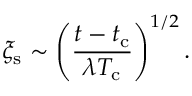
\xi _ { \mathrm { s } } \sim \left( \frac { t - t _ { \mathrm { c } } } { \lambda T _ { \mathrm { c } } } \right) ^ { 1 / 2 } .